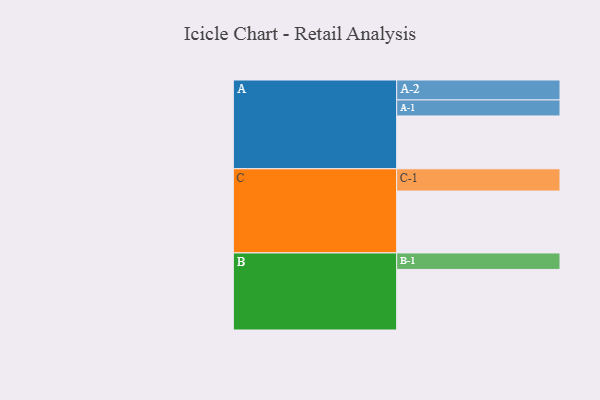
{"axis": {"x": "Segment", "y": "Value"}, "legend": ["", "A", "B", "C"], "data": [{"x": "A", "y": 491, "type": ""}, {"x": "B", "y": 563, "type": ""}, {"x": "C", "y": 575, "type": ""}, {"x": "A-1", "y": 149, "type": "A"}, {"x": "A-2", "y": 185, "type": "A"}, {"x": "B-1", "y": 153, "type": "B"}, {"x": "C-1", "y": 207, "type": "C"}]}